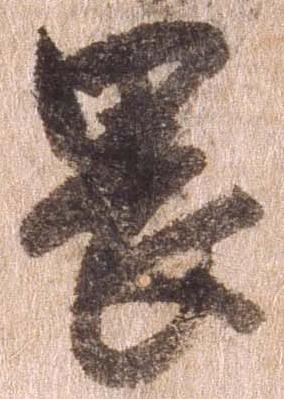
畏